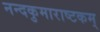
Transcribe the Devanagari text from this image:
नन्दकुमाराष्टकम्